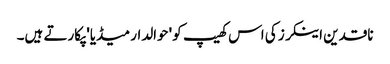
ناقدین اینکرز کی اس کھیپ کو 'حوالدار میڈیا' پکارتے ہیں۔